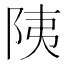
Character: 䧅